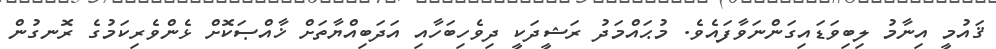
ޤައުމީ އިނާމު ލިބިވަޑައިގަންނަވާފައެވެ. މުޙައްމަދު ރަޝީދަކީ ދިވެހިބަހާއި އަދަބިއްޔާތަށް ޚާއްޞަކޮށް ޅެންވެރިކަމުގެ ރޮނގުން